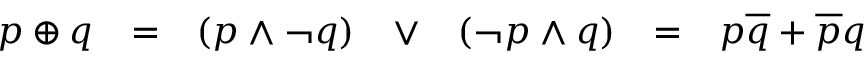
\begin{array} { l l l l l l l } { p \oplus q } & { = } & { ( p \land \lnot q ) } & { \lor } & { ( \lnot p \land q ) } & { = } & { p { \overline { { q } } } + { \overline { { p } } } q } \end{array}